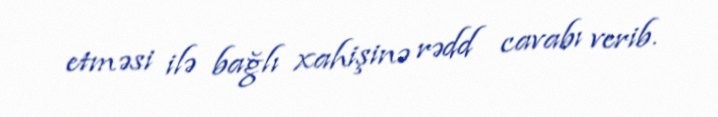
etməsi ilə bağlı xahişinə rədd cavabı verib.